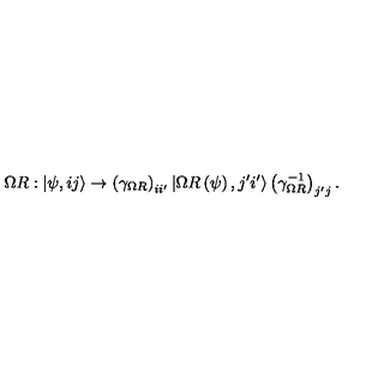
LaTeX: \Omega R : \left| \psi , i j \right> \rightarrow \left( \gamma _ { \Omega R } \right) _ { i i ^ { \prime } } \left| \Omega R \left( \psi \right) , j ^ { \prime } i ^ { \prime } \right> \left( \gamma _ { \Omega R } ^ { - 1 } \right) _ { j ^ { \prime } j } .